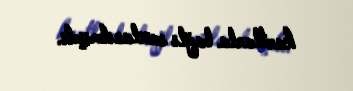
kartlarla bağlı saxlanılmışdı.